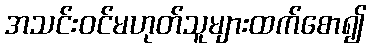
အသင်းဝင်မဟုတ်သူများထက်စော၍